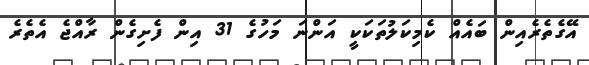
އޭގެތެރެއިން ބައެއް ކެމިކަލުތަކަކީ އަންނަ މަހުގެ 31 އިން ފެށިގެން ރާއްޖެ އެތެރެ